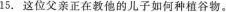
15. 这位父亲正在教他的儿子如何种植谷物。